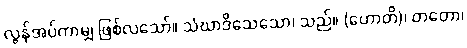
လွန်အပ်ကာမျှ ဖြစ်လသော်။ သံဃာဒိသေသော၊ သည်။ (ဟောတိ)၊ တတော၊